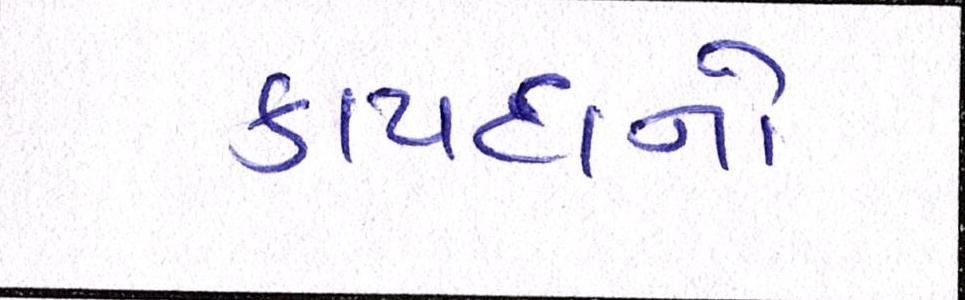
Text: કાયદાનો